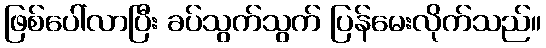
ဖြစ်ပေါ်လာပြီး ခပ်သွက်သွက် ပြန်မေးလိုက်သည်။